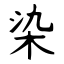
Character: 染